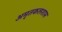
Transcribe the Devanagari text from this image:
अमृतकलशास